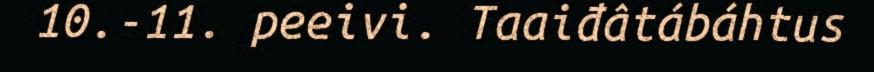
10.-11. peeivi. Taaiđâtábáhtus